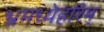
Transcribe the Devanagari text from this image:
भ्रमध्येहरिम्